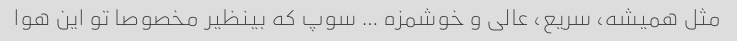
مثل همیشه، سریع، عالی و خوشمزه … سوپ که بینظیر مخصوصا تو این هوا